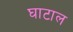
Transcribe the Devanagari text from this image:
घाटाल